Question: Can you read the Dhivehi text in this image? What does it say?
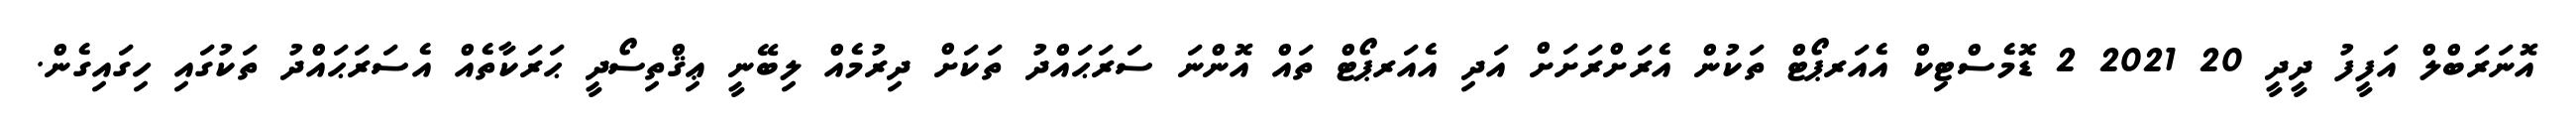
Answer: އޮނަރަބްލް އަފީފު ދީދީ 20 2021 2 ޑޮމެސްޓިކް އެއަރޕޯޓް ތަކުން އެރަށްރަށަށް އަދި އެއަރޕޯޓް ތައް އޮންނަ ސަރަޙައްދު ތަކަށް ދިރުމެއް ލިބޭނީ ޢިޤްތިސޯދީ ޙަރަކާތެއް އެސަރަޙައްދު ތަކުގައި ހިގައިގެން.